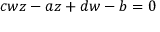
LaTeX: \, c w z - a z + d w - b = 0